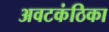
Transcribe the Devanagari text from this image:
अवटकंठिका